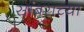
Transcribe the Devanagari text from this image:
सांबराच्या